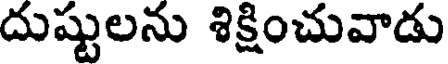
దుష్టులను శిక్షించువాడు